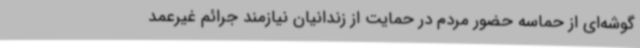
گوشه‌ای از حماسه حضور مردم در حمایت از زندانیان نیازمند جرائم غیرعمد